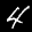
Label: 4